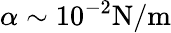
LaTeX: \alpha\sim 10^{-2}\mathrm{N/m}